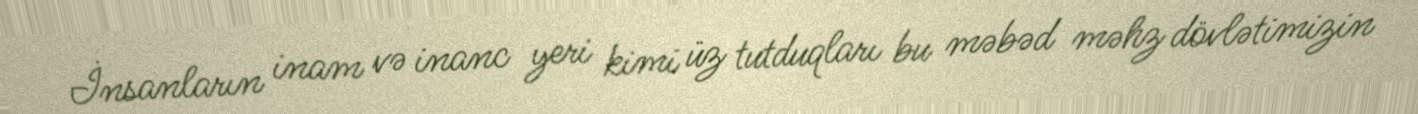
İnsanların inam və inanc yeri kimi üz tutduqları bu məbəd məhz dövlətimizin